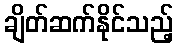
ချိတ်ဆက်နိုင်သည့်